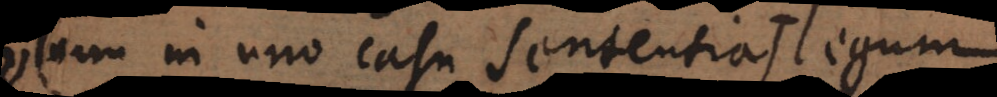
um in uno casu sententia (legum